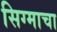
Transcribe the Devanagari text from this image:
सिग्माचा